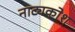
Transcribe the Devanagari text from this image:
नाट्यकोश